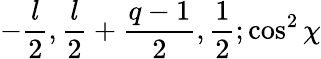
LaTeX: -{\frac{l}{2}},{\frac{l}{2}}+{\frac{q-1}{2}},{\frac{1}{2}};\cos^{2}\chi